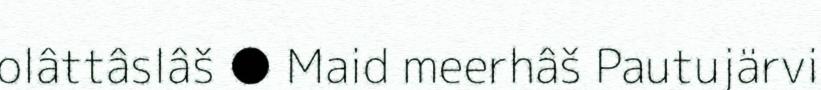
olâttâslâš ● Maid meerhâš Pautujärvi